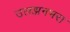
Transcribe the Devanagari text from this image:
उलझनभरा